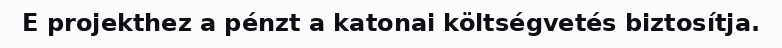
E projekthez a pénzt a katonai költségvetés biztosítja.